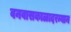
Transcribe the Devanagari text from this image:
वनवासकाळादरम्यान